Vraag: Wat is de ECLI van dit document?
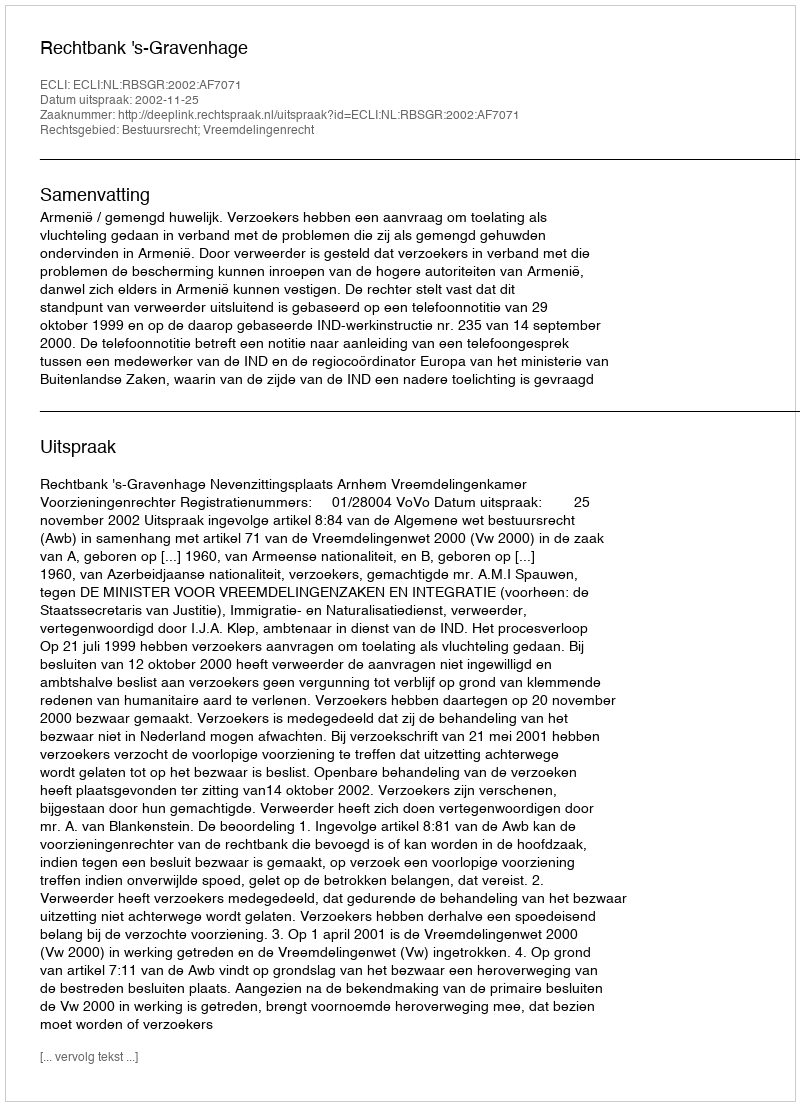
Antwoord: ECLI:NL:RBSGR:2002:AF7071